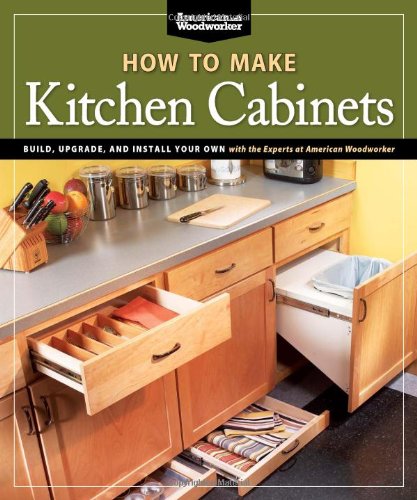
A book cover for How To Make Kitchen Cabinets (Best of American Woodworker): Build, Upgrade, and Install Your Own with the Experts at American Woodworker; Randy Johnson; Arts & Photography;